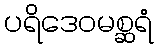
ပရိဒေဝမစ္ဆရံ